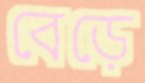
বেড়ে